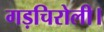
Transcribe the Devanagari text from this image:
गड़चिरोली।